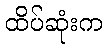
ထိပ်ဆုံးက